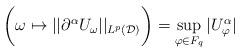
LaTeX: \begin{align*} \bigg(\omega \mapsto ||\partial^{\alpha}U_{\omega}||_{L^p(\mathcal{D})}\bigg) = \sup_{\varphi \in F_q} |U_{\varphi}^{\alpha}|\end{align*}